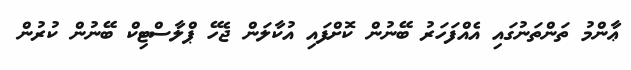
ޢާންމު ތަންތަނުގައި އެއްފަހަރު ބޭނުން ކޮށްފައި އުކާލަން ޖެހޭ ޕްލާސްޓިކް ބޭނުން ކުރުން